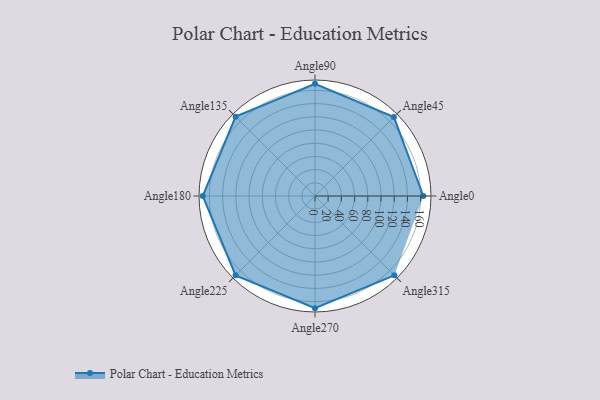
{"axis": {"x": "Angle", "y": "Radius"}, "legend": [""], "data": [{"x": "Angle0", "y": 164.0, "type": ""}, {"x": "Angle45", "y": 169.0, "type": ""}, {"x": "Angle90", "y": 170, "type": ""}, {"x": "Angle135", "y": 170, "type": ""}, {"x": "Angle180", "y": 170, "type": ""}, {"x": "Angle225", "y": 170, "type": ""}, {"x": "Angle270", "y": 170, "type": ""}, {"x": "Angle315", "y": 170, "type": ""}]}